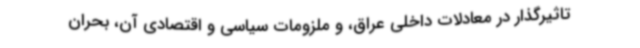
تاثیرگذار در معادلات داخلی عراق، و ملزومات سیاسی و اقتصادی آن، بحران